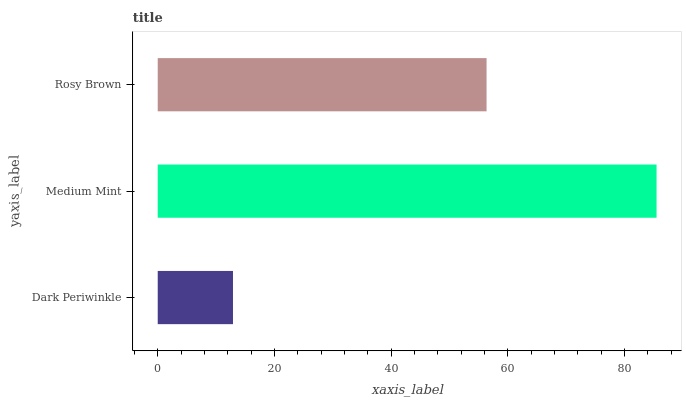
| yaxis_label | bars |
 | --- | --- |
 | Dark Periwinkle | 12.9 |
 | Medium Mint | 85.5 |
 | Rosy Brown | 56.4 |